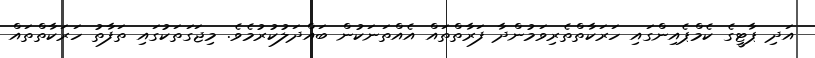
އަދި ޕާޓީގެ ކެމްޕެއިންގައި ހަރަކާތްތެރިވަމުންދާ ފަރާތްތައް އެއްތަނަކުން ބައްދަލުކުރުމެވެ. މިޖަގަތަކުގައި ތަފާތު ހަރަކާތްތައް